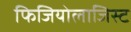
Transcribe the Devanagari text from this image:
फिजियोलाजिस्ट